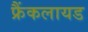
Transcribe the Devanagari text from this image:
फ्रैंकलायड